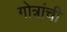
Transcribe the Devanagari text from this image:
गोत्रांची